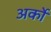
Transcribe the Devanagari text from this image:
अर्कों